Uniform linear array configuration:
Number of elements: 8
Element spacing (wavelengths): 0.5
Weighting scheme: binomial
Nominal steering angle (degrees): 0
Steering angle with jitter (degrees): -0.4265
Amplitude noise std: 0.05
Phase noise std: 0.05

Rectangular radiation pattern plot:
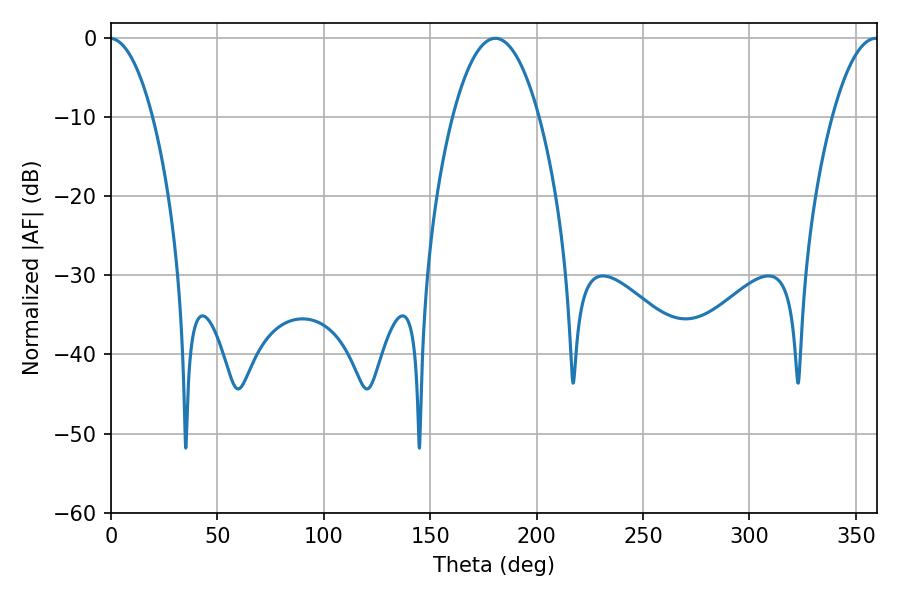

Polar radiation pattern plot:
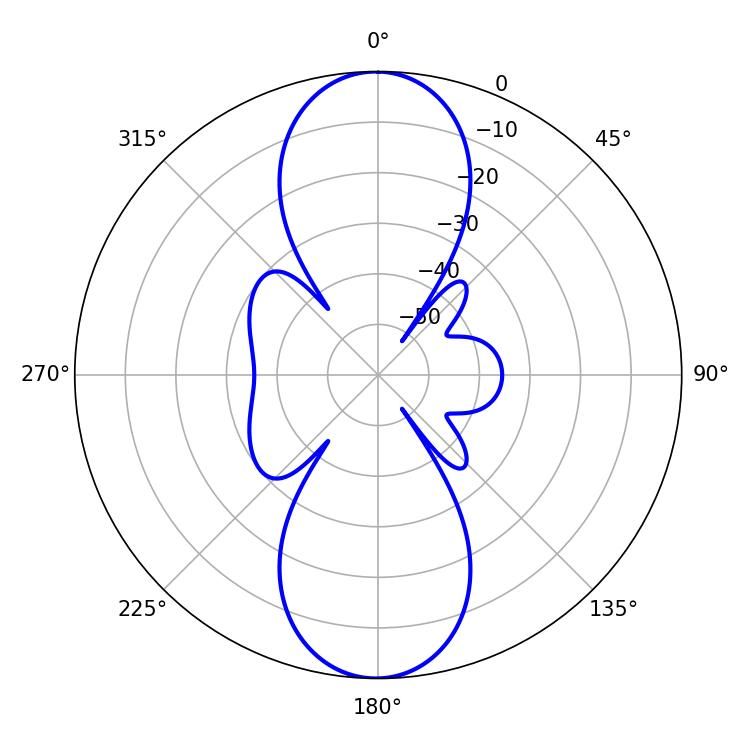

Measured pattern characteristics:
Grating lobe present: FALSE
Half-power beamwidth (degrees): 22.5
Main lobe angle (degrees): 180.54